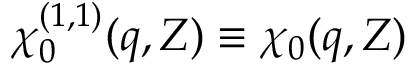
\chi _ { 0 } ^ { ( 1 , 1 ) } ( \boldsymbol { q } , Z ) \equiv \chi _ { 0 } ( \boldsymbol { q } , Z )